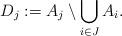
LaTeX: \begin{align*}D_j:=A_j \setminus \bigcup_{i\in J} A_i.\end{align*}